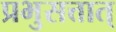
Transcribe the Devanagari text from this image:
प्रभुसत्तात्